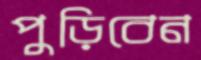
পুড়িবেন